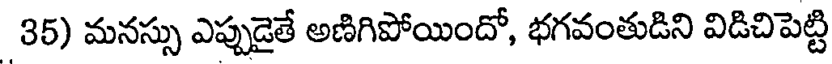
35) మనస్సు ఎప్పుడైతే అణిగిపోయిందో, భగవంతుడిని విడిచిపెట్టి